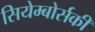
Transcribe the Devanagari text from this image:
सियेम्बोर्सकी